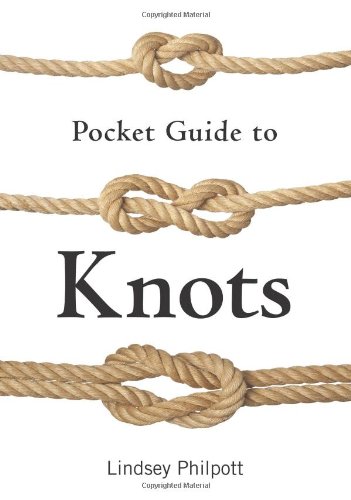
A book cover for Pocket Guide to Knots; Lindsey Philpott; Crafts, Hobbies & Home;